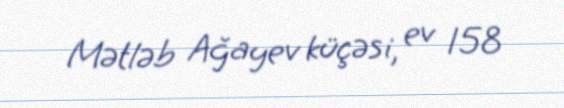
Mətləb Ağayev küçəsi, ev 158